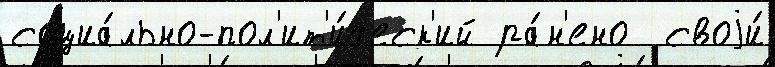
социа́льно-пол'ит'и́ческ'ий ра́н'ено  своjи́